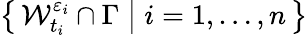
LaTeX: \left\{ \, \mathcal{W}_{t_{i}}^{\varepsilon_{i}}\cap\Gamma\; \big|\; i=1,\ldots,n\, \right\}